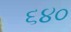
૬૪૦